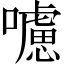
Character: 𡃖